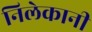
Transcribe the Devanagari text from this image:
निलेकानी